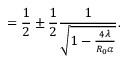
= \frac { 1 } { 2 } \pm \frac { 1 } { 2 } \frac { 1 } { \sqrt { 1 - \frac { 4 \lambda } { R _ { 0 } \alpha } } } .